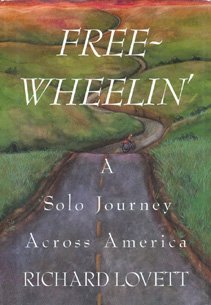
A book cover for Free-Wheelin': A Solo Journey Across America; Richard A. Lovett; Travel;